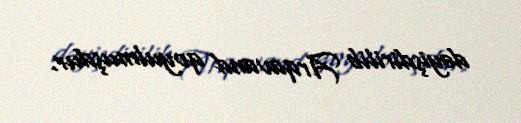
dəyişdirilib Arqavand qoyulmuşdur.